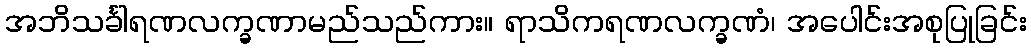
အဘိသင်္ခါရဏလက္ခဏာမည်သည်ကား။ ရာသိကရဏလက္ခဏံ၊ အပေါင်းအစုပြုခြင်း